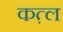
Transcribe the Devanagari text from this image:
कत़्ल